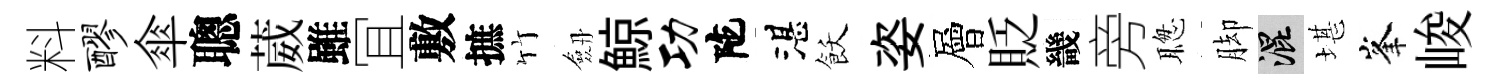
料醪傘聰葳雖冝敷摭竹劔鯨功陀湛飫姿層貶畿旁聦脚混堪峯峻